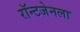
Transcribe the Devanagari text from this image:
रॉन्टजेनला